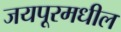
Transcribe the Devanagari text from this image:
जयपूरमधील